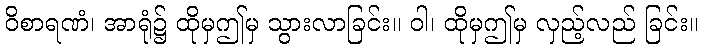
ဝိစာရဏံ၊ အာရုံ၌ ထိုမှဤမှ သွားလာခြင်း။ ဝါ၊ ထိုမှဤမှ လှည့်လည် ခြင်း။